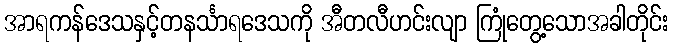
အာရကန်ဒေသနှင့်တနင်္သာရဒေသကို အီတလီဟင်းလျာ ကြုံတွေ့သောအခါတိုင်း